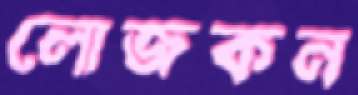
লোজকন